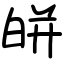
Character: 皏